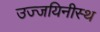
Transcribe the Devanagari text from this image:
उज्जयिनीस्थ